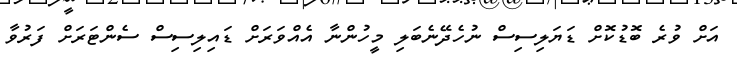
އަށް ވުރެ ބޮޑުކޮށް ޑަޔަލިސިސް ނުހެދޭނެބަލި މީހުންނާ އެއްވަރަށް ޑައިލިސިސް ސެންޓަރަށް ފަރުވާ